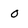
Character: o